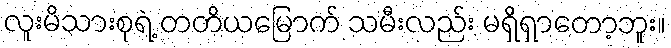
လူးမိသားစုရဲ့ တတိယမြောက် သမီးလည်း မရှိရှာတော့ဘူး။